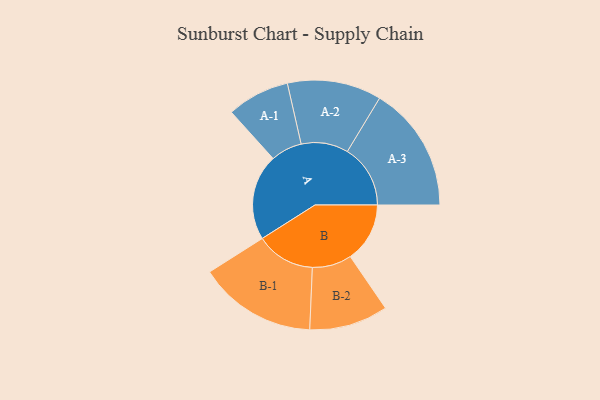
{"axis": {"x": "Segment", "y": "Value"}, "legend": ["", "A", "B"], "data": [{"x": "A", "y": 393, "type": ""}, {"x": "B", "y": 272, "type": ""}, {"x": "A-1", "y": 143, "type": "A"}, {"x": "A-2", "y": 215, "type": "A"}, {"x": "A-3", "y": 288, "type": "A"}, {"x": "B-1", "y": 270, "type": "B"}, {"x": "B-2", "y": 180, "type": "B"}]}